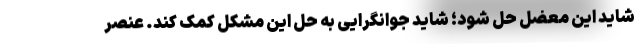
شاید این معضل حل شود؛ شاید جوانگرایی به حل این مشکل کمک کند. عنصر